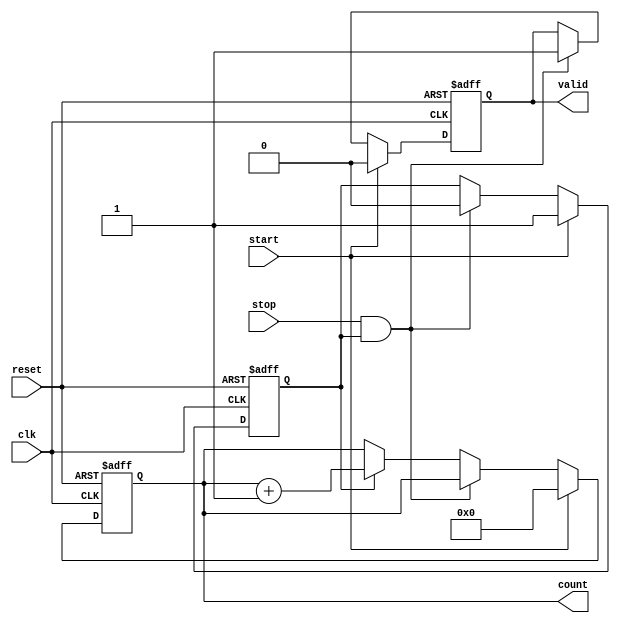
module TDC (
    input wire clk,           // Clock signal
    input wire reset,         // Asynchronous reset
    input wire start,         // Start signal
    input wire stop,          // Stop signal
    output reg [15:0] count,  // Measured count value (16-bit wide)
    output reg valid          // Indicates a valid measurement
);

    // Parameters for FIFO buffer
    parameter FIFO_DEPTH = 8;      // Depth of the FIFO
    reg [15:0] fifo [0:FIFO_DEPTH-1]; // FIFO memory to store counts
    reg [2:0] write_pointer;        // Pointer for writing to FIFO
    reg [2:0] read_pointer;         // Pointer for reading from FIFO
    reg [3:0] valid_count;          // Count of valid entries in FIFO
    reg counting;                   // State for counting operation

    // Counter
    always @(posedge clk or posedge reset) begin
        if (reset) begin
            count <= 16'b0;       // Reset count
            counting <= 1'b0;     // Stop counting
            valid <= 1'b0;        // No valid measurement at reset
        end
        else begin
            if (start) begin
                count <= 16'b0;   // Reset count on start
                counting <= 1'b1;  // Start counting
                valid <= 1'b0;     // Reset valid indicator
            end
            else if (stop && counting) begin
                counting <= 1'b0;  // Stop counting on stop
                fifo[write_pointer] <= count; // Save count to FIFO
                write_pointer <= (write_pointer + 1) % FIFO_DEPTH; // Increment FIFO write pointer
                valid <= 1'b1;      // Set valid flag
                if (valid_count < FIFO_DEPTH) begin
                    valid_count <= valid_count + 1; // Update valid count
                end
            end
            else if (counting) begin
                count <= count + 1; // Increment count during counting
            end
        end
    end

    // Read from the FIFO - additional logic can be added for reading control
    always @(posedge clk or posedge reset) begin
        if (reset) begin
            read_pointer <= 3'b0; // Reset read pointer
        end
        else if (valid_count > 0) begin
            // Logic for reading from FIFO can be implemented based on the requirements
            // Example: output the oldest count if valid count is non-zero
            // Here we need to implement a way to output or process the stored value
            // This is a placeholder for read logic
            valid_count <= valid_count - 1; // Decrease valid count on reading
            read_pointer <= (read_pointer + 1) % FIFO_DEPTH; // Increment FIFO read pointer
        end
    end

    // Optionally, an output to check FIFO contents could be added here.

endmodule